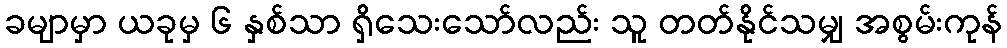
ခမျာမှာ ယခုမှ ၆ နှစ်သာ ရှိသေးသော်လည်း သူ တတ်နိုင်သမျှ အစွမ်းကုန်